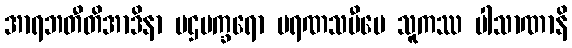
အာရဘတီတိအာဒိနာ ပဌမက္ခရော မရဏသမီပေ သူကဿ ပါသာဏာနိ